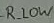
Text: R_LOW